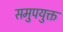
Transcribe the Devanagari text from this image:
समुपयुक्त